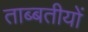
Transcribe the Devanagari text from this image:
ताब्बतीयों